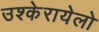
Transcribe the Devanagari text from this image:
उश्केरायेलो